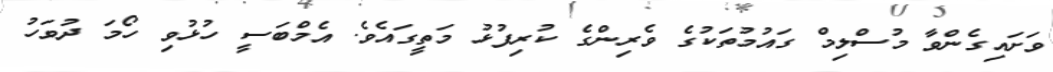
ވަށައިގެންވާ މުސްލިމް ގައުމުތަކުގެ ވެރިންގެ ކުރިފުޅު މަތީގައެވެ. އެމްބަސީ ހުޅުވި ހޯމަ ދުވަހު